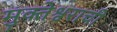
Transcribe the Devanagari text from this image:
मुक्तेश्वराची